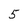
Character: 5